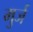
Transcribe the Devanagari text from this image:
मुर्ज